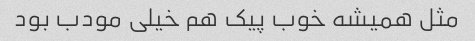
مثل همیشه خوب پیک هم خیلی مودب بود